Madras plague regulations and rules - Volume 1
Disease focus: Plague
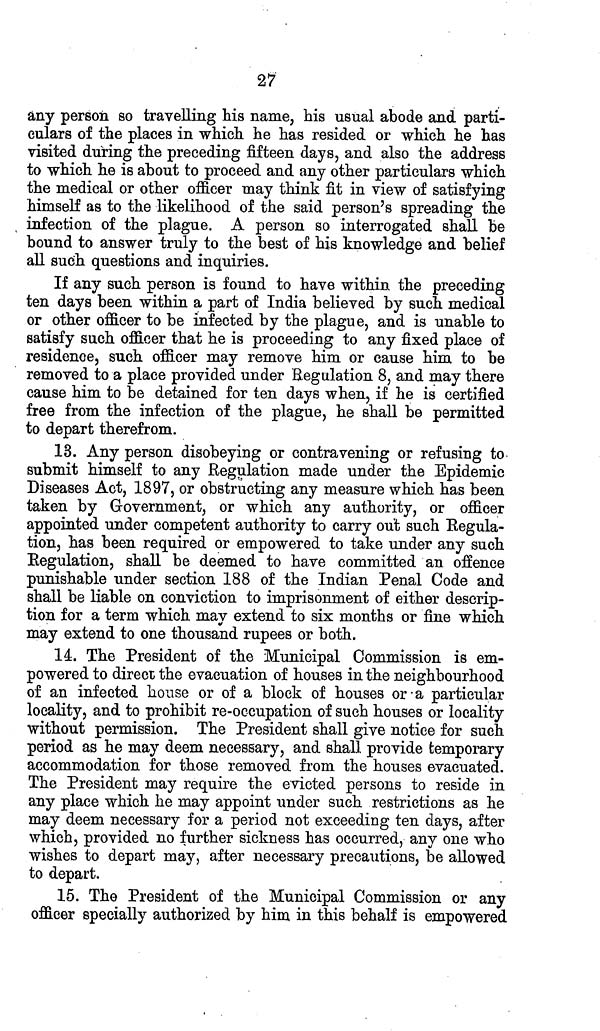
27
any person so travelling his name, his usual abode and parti-
culars of the places in which he has resided or which he has
visited during the preceding fifteen days, and also the address
to which he is about to proceed and any other particulars which
the medical or other officer may think fit in view of satisfying
himself as to the likelihood of the said person's spreading the
infection of the plague. A person so interrogated shall be
bound to answer truly to the best of his knowledge and belief
all such questions and inquiries.
If any such person is found to have within the preceding
ten days been within a part of India believed by such medical
or other officer to be infected by the plague, and is unable to
satisfy such officer that he is proceeding to any fixed place of
residence, such officer may remove him or cause him to be
removed to a place provided under Regulation 8, and may there
cause him to be detained for ten days when, if he is certified
free from the infection of the plague, he shall be permitted
to depart therefrom.
13. Any person disobeying or contravening or refusing to
submit himself to any Regulation made under the Epidemic
Diseases Act, 1897, or obstructing any measure which has been
taken by Grovernment, or which any authority, or officer
appointed under competent authority to carry out such Regula-
tion, has been required or empowered to take under any such
Regulation, shall be deemed to have committed an offence
punishable under section 188 of the Indian Penal Code and
shall be liable on conviction to imprisonment of either descrip-
tion for a term which may extend to six months or fine which
may extend to one thousand rupees or both.
14. The President of the Municipal Commission is em-
powered to direct the evacuation of houses in the neighbourhood
of an infected house or of a block of houses or a particular
locality, and to prohibit re-occupation of such houses or locality
without permission. The President shall give notice for such
period as he may deem necessary, and shall provide temporary
accommodation for those removed from the houses evacuated.
The President may require the evicted persons to reside in
any place which he may appoint under such restrictions as he
may deem necessary for a period not exceeding ten days, after
which, provided no further sickness has occurred, any one who
wishes to depart may, after necessary precautions, be allowed
to depart.
15. The President of the Municipal Commission or any
officer specially authorized by him in this behalf is empowered